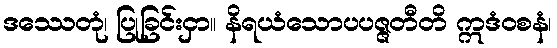
ဒဿေတုံ၊ ပြုခြင်းငှာ။ နိရယံသောပပဇ္ဇတီတိ ဣဒံဝစနံ၊